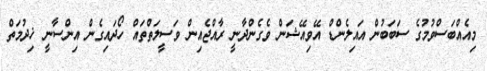
މިއެއްބަސްވުމުގެ ސަބަބުން އައިލެންޑް އޭވިއޭޝަން ވެގެންދާނީ ރާއްޖެއިން ވަސީލަތްތައް ހޯދައިގެން އިންސާނީ ޚިދުމަތް